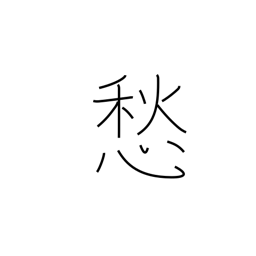
Meaning: be anxious